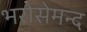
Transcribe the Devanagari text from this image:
भरोसेमन्द